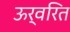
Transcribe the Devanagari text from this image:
ऊर्वरित